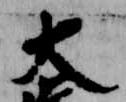
大